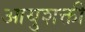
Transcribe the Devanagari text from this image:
आयुशक्ती